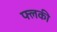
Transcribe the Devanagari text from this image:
फ्लकी